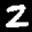
Label: 2